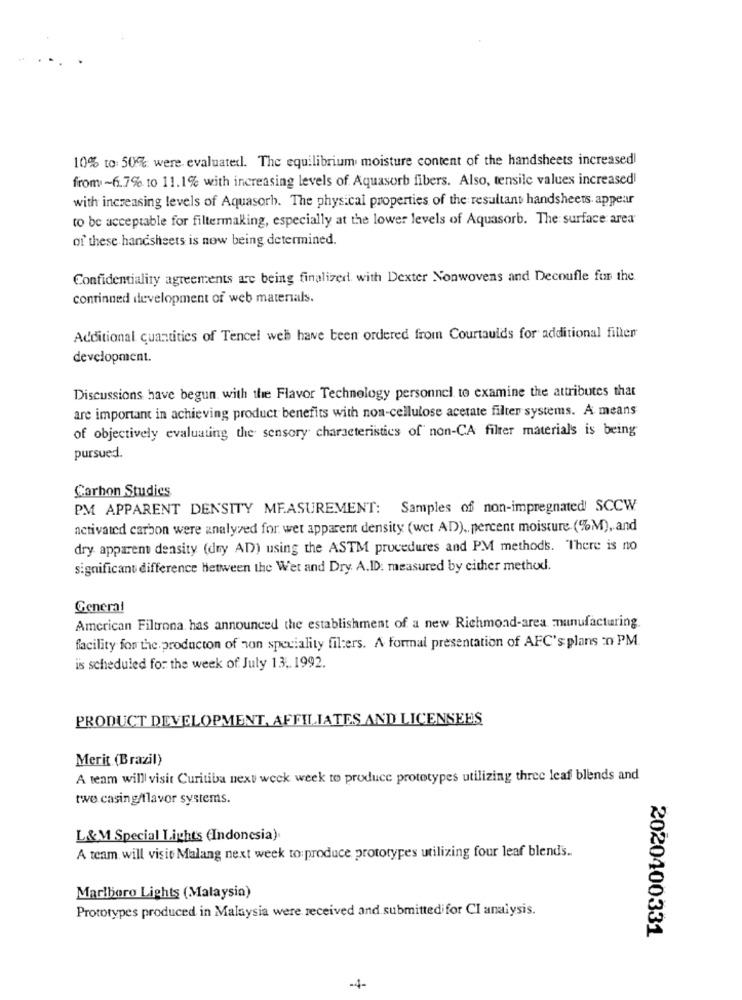
10% to: 50% were. evaluatedl. The equilibrium moisture content of the handsheets increased!
from~6.7% to 11.1% with increasing levels of Aquasorb fibers. Also, tensile values increased
with increasing levels of Aquasorh. The physical properties of the resultant handsheets appear
to be acceptable for filtermaking, especially at the lower levels of Aquasorb. The surface area
of these handsheets is now being determined.
Confidentiality agreements are being finalized. with Dexter Nonwovens and Decoufle fur the
continned development of web materials.
Additional quantities of Tencel web have been ordered from Courtaulds for additional filler
development.
Discussions have begun. with the Flavor Technology personnel to examine the attributes that
are important in achieving product benefits with non-cellulose acetate filter systems. A means
of objectively evaluating the sensory characteristics of non-CA filter materials is being
pursued.
Carbon Studies
PM APPARENT DENSITY MEASUREMENT: Samples of non-impregnated SCCW
activated carbon were analyzed for wet apparent density (wet AD) .. percent moisture. (%M), and
dry apparem density (dny AD) using the ASTM procedures and PM methods. There is no
significant difference between the Wet and Dry. A.ID: measured by either method.
General
American Filtrona has announced the establishment of a new Richmond-area manufacturing.
facility for the production of non speciality filters. A formal presentation of AFC's plans :n PM.
is scheduled for the week of July 13 .. 1992.
PRODUCT DEVELOPMENT, AFFILIATES AND LICENSEES
Merit (Brazil)
A team will visit Curitiba next week week to produce prototypes utilizing three leaf blends and
twe casing/flavor systems.
L&M Special Lights (Indonesia).
A team will visit Malang next week to produce prototypes utilizing four leaf blend's ..
Marlboro Lights (Malaysia)
Prototypes produced in Malaysia were received and submittedifor CI analysis.
2020400331
-4-